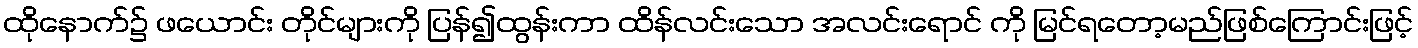
ထိုနောက်၌ ဖယောင်း တိုင်များကို ပြန်၍ထွန်းကာ ထိန်လင်းသော အလင်းရောင် ကို မြင်ရတော့မည်ဖြစ်ကြောင်းဖြင့်